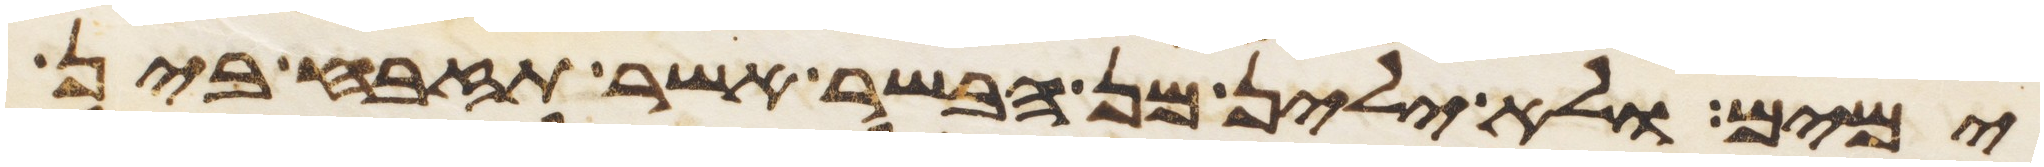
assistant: ימים ולא ילין מן הבשר אשר תזבח בין